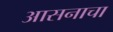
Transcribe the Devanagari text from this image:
आसनाचा